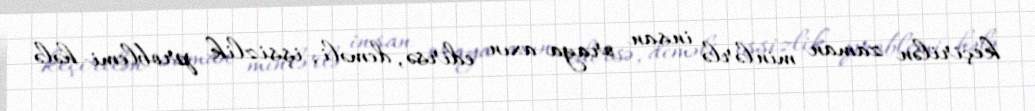
keçirilən zaman minlərlə insan oraya axın edirsə, deməli, işsizlik problemi hələ